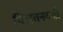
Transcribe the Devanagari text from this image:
चिलतनवमी